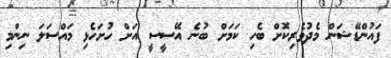
ފައުންޑޭޝަން މެދުވެރިކޮށް ބެހި ކަމަށް ބުނެ އޭސީސީ އަށް ހުށަހެޅި މައްސަލަ ނިންމި